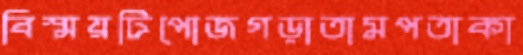
বিস্ময়টিপোজগড়াতামপতাকা